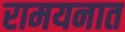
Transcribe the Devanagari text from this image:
रामयनात